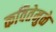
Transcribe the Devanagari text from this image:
कवितेमुळे